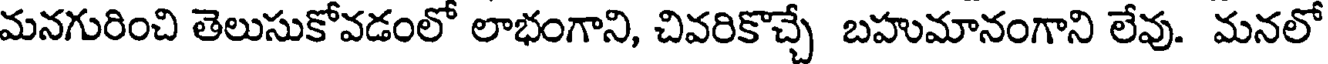
మనగురించి తెలుసుకోవడంలో లాభంగాని, చివరికొచ్చే బహుమానంగాని లేవు. మనలో